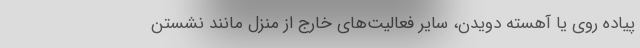
پیاده روی یا آهسته دویدن، سایر فعالیت‌های خارج از منزل مانند نشستن